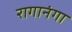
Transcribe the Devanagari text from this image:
रागानंगा